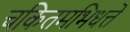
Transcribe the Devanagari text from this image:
चकितमभिधत्ते